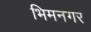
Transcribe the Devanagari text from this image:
भिमनगर